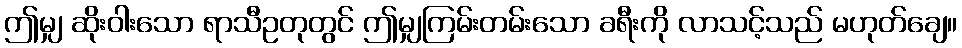
ဤမျှ ဆိုးဝါးသော ရာသီဥတုတွင် ဤမျှကြမ်းတမ်းသော ခရီးကို လာသင့်သည် မဟုတ်ချေ။